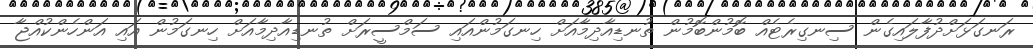
ރަނގަޅަށްދުފާލައިގެން ސިނގިރެޓެއް ބޮމުންބޮމުން ތުނޑިއާދިމާއަށް ހިނގަމުންއައި ސަމްސީރަށް ތުނޑިއާދިމާއަށް ހިނގަމުން އައި އަންހެންކުއްޖާ